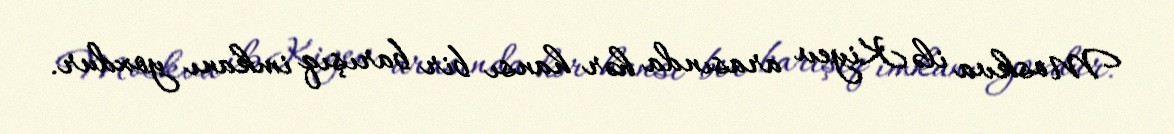
Moskva ilə Kiyev arasında hər hansı bir barışıq imkanı yoxdur.